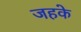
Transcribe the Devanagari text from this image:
जहके